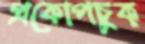
প্রকোপচুক